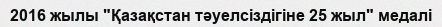
2016 жылы "Қазақстан тәуелсіздігіне 25 жыл" медалі